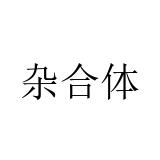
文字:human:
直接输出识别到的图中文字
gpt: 杂合体